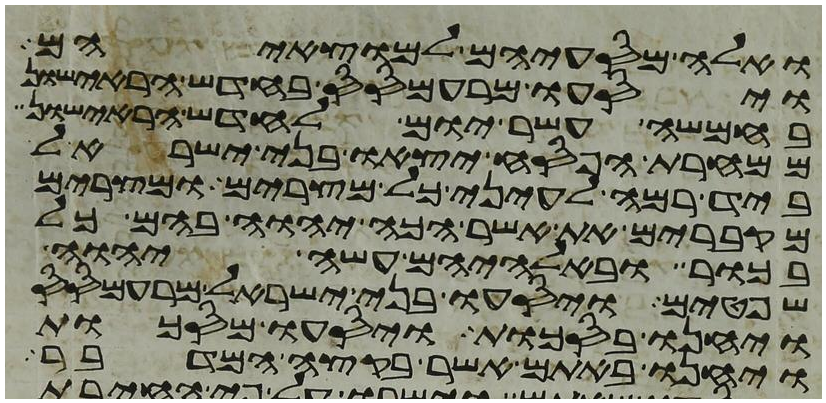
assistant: ואלה מסעיהם למוצאיהם
ויסעו מרעמסס בחדש הראישון
בחמשה עשר יום לחדש הראישון
ממחרת הפסח יצאו בני ישראל
ביד רמה לעיני כל מצרים ומצרים
מקברים את אשר הכה יהוה בהם כל
בכור ובאלהיהם עשה יהוה
שפטים ויסעו בני ישראל מרעמסס
ויחנו בסכות ויסעו מסכות
ויחנו באתם אשר בקצה המדבר